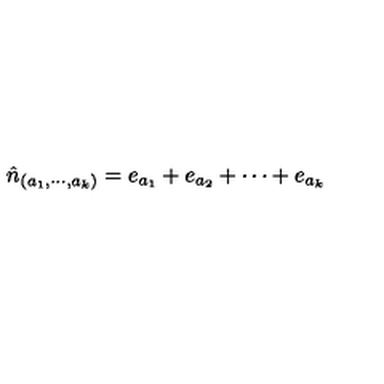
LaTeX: \hat { n } _ { ( a _ { 1 } , \cdots , a _ { k } ) } = e _ { a _ { 1 } } + e _ { a _ { 2 } } + \cdots + e _ { a _ { k } }